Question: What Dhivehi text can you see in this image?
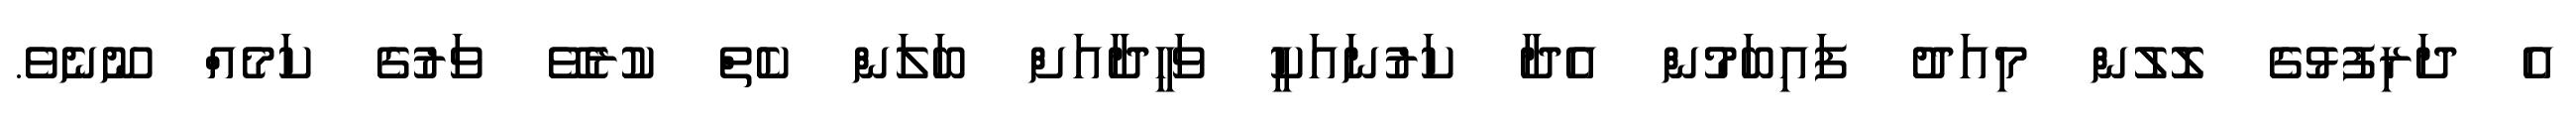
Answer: އެ ދަރިފުޅުގެ ލޮލުން މިއަދު ފައިބަމުން އެދާ ކަރުނައަކީ ވަހީދާއަށް ބަލަން ކެތް ކުރެވޭ ވަރުގެ ކަމެއް ނޫނެވެ.